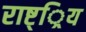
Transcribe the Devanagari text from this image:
राष्ट््रिय